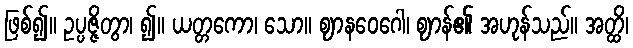
ဖြစ်၍။ ဥပ္ပဇ္ဇိတွာ၊ ၍။ ယတ္တကော၊ သော။ ဈာနဝေဂေါ၊ ဈာန်၏ အဟုန်သည်။ အတ္ထိ၊